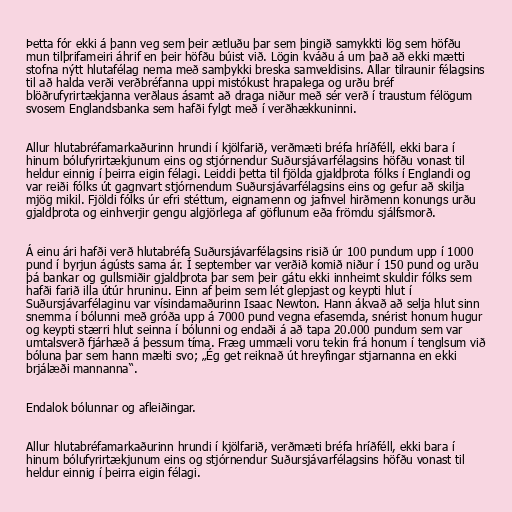
Þetta fór ekki á þann veg sem þeir ætluðu þar sem þingið samykkti lög sem höfðu
mun tilþrifameiri áhrif en þeir höfðu búist við. Lögin kváðu á um það að ekki mætti
stofna nýtt hlutafélag nema með samþykki breska samveldisins. Allar tilraunir félagsins
til að halda verði verðbréfanna uppi mistókust hrapalega og urðu bréf
blöðrufyrirtækjanna verðlaus ásamt að draga niður með sér verð í traustum félögum
svosem Englandsbanka sem hafði fylgt með í verðhækkuninni.

Allur hlutabréfamarkaðurinn hrundi í kjölfarið, verðmæti bréfa hríðféll, ekki bara í
hinum bólufyrirtækjunum eins og stjórnendur Suðursjávarfélagsins höfðu vonast til
heldur einnig í þeirra eigin félagi. Leiddi þetta til fjölda gjaldþrota fólks í Englandi og
var reiði fólks út gagnvart stjórnendum Suðursjávarfélagsins eins og gefur að skilja
mjög mikil. Fjöldi fólks úr efri stéttum, eignamenn og jafnvel hirðmenn konungs urðu
gjaldþrota og einhverjir gengu algjörlega af göflunum eða frömdu sjálfsmorð.

Á einu ári hafði verð hlutabréfa Suðursjávarfélagsins risið úr 100 pundum upp í 1000
pund í byrjun ágústs sama ár. Í september var verðið komið niður í 150 pund og urðu
þá bankar og gullsmiðir gjaldþrota þar sem þeir gátu ekki innheimt skuldir fólks sem
hafði farið illa útúr hruninu. Einn af þeim sem lét glepjast og keypti hlut í
Suðursjávarfélaginu var vísindamaðurinn Isaac Newton. Hann ákvað að selja hlut sinn
snemma í bólunni með gróða upp á 7000 pund vegna efasemda, snérist honum hugur
og keypti stærri hlut seinna í bólunni og endaði á að tapa 20.000 pundum sem var
umtalsverð fjárhæð á þessum tíma. Fræg ummæli voru tekin frá honum í tenglsum við
bóluna þar sem hann mælti svo; „Ég get reiknað út hreyfingar stjarnanna en ekki
brjálæði mannanna“.

Endalok bólunnar og afleiðingar.

Allur hlutabréfamarkaðurinn hrundi í kjölfarið, verðmæti bréfa hríðféll, ekki bara í
hinum bólufyrirtækjunum eins og stjórnendur Suðursjávarfélagsins höfðu vonast til
heldur einnig í þeirra eigin félagi.